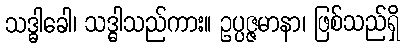
သဒ္ဓါခေါ၊ သဒ္ဓါသည်ကား။ ဥပ္ပဇ္ဇမာနာ၊ ဖြစ်သည်ရှိ